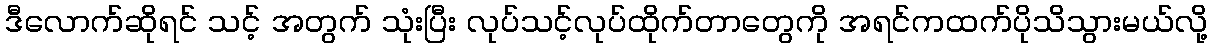
ဒီလောက်ဆိုရင် သင့် အတွက် သုံးပြီး လုပ်သင့်လုပ်ထိုက်တာတွေကို အရင်ကထက်ပိုသိသွားမယ်လို့